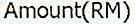
AMOUNT(RM)